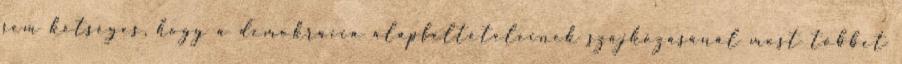
sem kétséges, hogy a demokrácia alapfeltételeinek szajkózásánál most többet